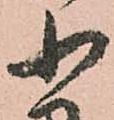
小